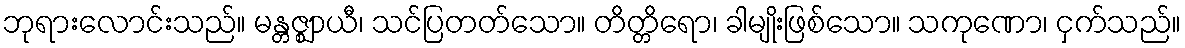
ဘုရားလောင်းသည်။ မန္တဇ္ဈာယီ၊ သင်ပြတတ်သော။ တိတ္တိရော၊ ခါမျိုးဖြစ်သော။ သကုဏော၊ ငှက်သည်။